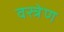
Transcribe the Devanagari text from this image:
वस्त्रेण